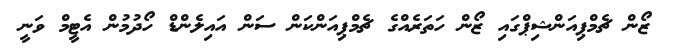
ޒޯން ޗެމްޕިއަންޝިޕްގައި ޒޯން ހަތަރެއްގެ ޗެމްޕިއަންކަން ސަން އައިލެންޑް ހޯދުމުން އެޓީމް ވަނީ